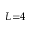
L { = } 4